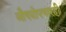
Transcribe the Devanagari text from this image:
औषधोपचारही